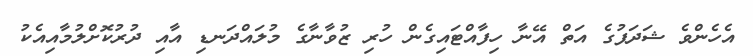
އެހެންވެ ޝަދަފުގެ އަތް އޭނާ ހިފާއްޓައިގެން ހުރި ޒުވާނާގެ މުލައްދަނޑި އާއި ދުރުކޮށްލުމާއިއެކު